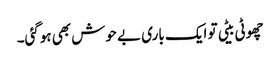
چھوٹی بیٹی تو ایک باری بے حوش بھی ہوگئی۔